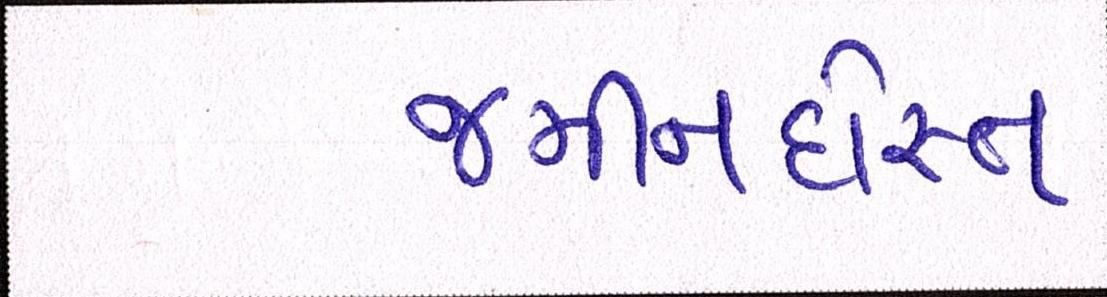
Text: જમીનદોસ્ત